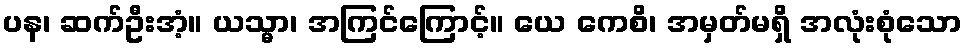
ပန၊ ဆက်ဦးအံ့။ ယသ္မာ၊ အကြင်ကြောင့်။ ယေ ကေစိ၊ အမှတ်မရှိ အလုံးစုံသော